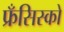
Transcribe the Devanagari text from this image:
फ्रँसिस्को